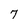
Character: 7